Sanitation, dispensaries and jails vaccination Rajputana 1922-1927 - 1922-1927
Year: 1922
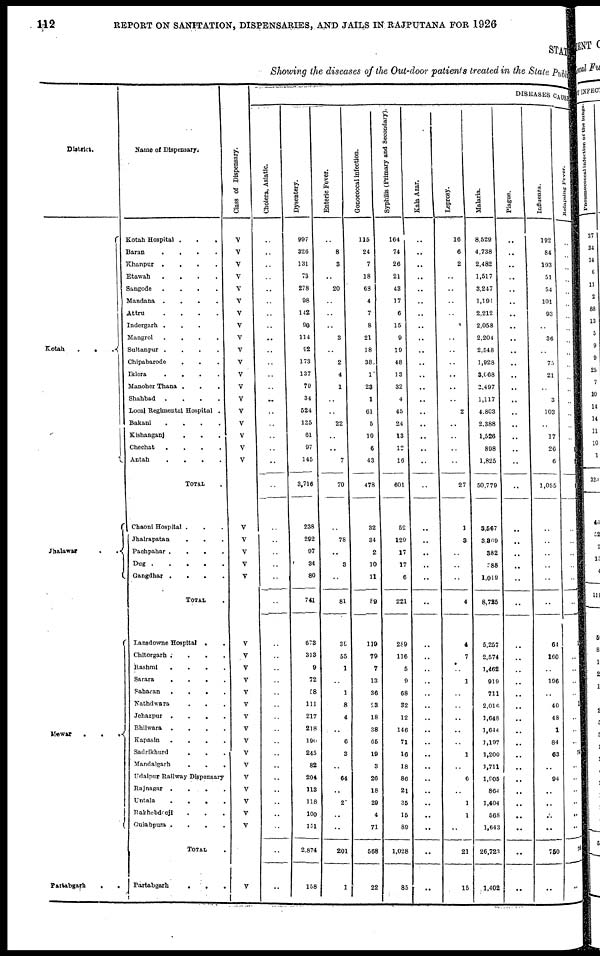
112
REPORT ON SANITATION, DISPENSARIES, AND JAILS IN RAJPUTANA FOR 1926
STATE
Showing the diseases of the Out-door patients treated in the State Public.
District.
Kotah
.
.
.
Jhalawar
.
.
Mewar
...
Partabgarh
.
.
Name of Dispensary.
Kotah Hospital
.
.
.
Baran
.
.
.
.
Khanpur
.
.
.
.
Etawah
.
.
.
.
Sangode
.
.
.
.
Mandana
.
.
.
.
Attru
.
.
.
.
Indergarh ....
Mangrol
.
.
.
.
Sultanpur .
.
.
.
Chipabarode
Iklera
.
.
.
.
Manoher Thana ...
Shahbad
.
.
.
.
Local Regimental Hospital .
Bakani
.
.
.
.
Kishanganj ...
Chechat
.
.
.
.
Antah
.
.
.
.
TOTAL.
Chaoni Hospital ...
Jhalrapatan
...
Pachpahar .
.
.
.
Dug
Gangdhar
...
TOTAL .
Lansdowne Hospital ..
Chitorgarh ....
Rashmi ....
Sarara
.
.
.
Saharan
.
.
.
Nathdwara...
Jehazpur
.
.
.
Bhilwara ...
Kapasin
.
.
.
Sadrikhurd ...
Mandalgarh
...
Udaipur Railway Dispensary
Rajnagar ....
Untala ....
Rakhebdeoji ...
Gulabpura ....
TOTAL .
Partabgarh
...
Class of Dispensary.
V
V
V
V
V
V
V
V
V
V
V
V
V
V
V
V
V
V
V
V
V
V
V
V
V
V
V
V
V
V
V
V
V
V
V
V
V
V
V
V
V
DISEASES CAUSE
Cholera, Asiatic.
..
..
..
..
..
..
..
..
..
..
..
..
..
..
..
..
..
..
..
..
..
..
..
..
..
..
..
..
..
..
..
..
..
..
..
..
..
..
..
..
..
..
..
Dysentery.
997
326
131
73
278
98
142
90
114
92
173
137
79
34
524
125
61
97
145
3,716
238
292
97
34
80
741
678
313
9
72
58
111
217
218
190
245
82
204
113
118
100
151
2,874
158
Enteric Fever.
..
8
3
..
20
..
..
..
3
..
2
4
1
..
..
22
..
..
7
70
..
78
..
3
..
81
39
55
1
..
1
8
4
..
6
3
..
64
..
20
..
..
201
1
Gonococcal infection.
115
24
7
18
68
4
7
8
21
18
38
1
23
1
61
5
10
6
43
478
32
34
2
10
11
89
119
79
7
13
36
23
18
38
65
19
3
26
18
29
4
71
568
22
Syphilis (Primary and Secondary).
164
74
26
21
43
17
6
15
9
19
48
13
32
4
45
24
13
12
16
601
52
129
17
17
6
221
289
116
5
9
68
32
12
146
71
16
18
86
21
35
15
89
1,028
85
Kala Azar.
..
..
..
..
..
..
..
..
..
..
..
..
..
..
..
..
..
..
..
..
..
..
..
..
..
..
..
..
..
..
..
..
..
..
..
.. ..
..
..
..
..
..
..
..
Leprosy.
16
6
2
..
..
..
..
1
..
..
..
..
..
..
2
..
..
..
..
27
1
3
..
..
..
4
4
7
..
1
..
..
..
..
..
1
..
6
..
1
1
..
21
15
Malaria.
8,529
4,738
2,482
1,517
3,247
1,191
2,212
2,058
2,204
2,548
1,928
3,068
2,497
1,117
4,803
2,388
1,526
898
1,825
50,779
3,567
3,869
382
388
1,019
8,735
5,257
2,574
1,462
919
711
2,016
1,648
1,644
1,197
1,200
1,711
1,905
864
1,404
568
1,643
26,723
1,402
Plague.
..
..
..
..
..
..
..
..
..
..
..
..
..
..
..
..
..
..
..
..
..
..
..
..
..
..
..
..
..
..
..
..
..
..
..
..
..
..
..
..
..
..
..
..
Influenza.
192
84
193
51
54
101
93
..
36
..
75
21
..
3
103
..
17
26
6
1,055
..
..
..
..
..
..
64
160
..
196
..
40
48
1
84
63
..
94
..
..
..
..
750
..
Relapsing Fever.
..
..
..
..
..
..
..
..
..
..
..
..
..
..
..
..
..
..
..
..
..
..
..
..
..
..
..
..
..
..
..
1
..
..
..
74
..
..
..
..
..
..
76
..